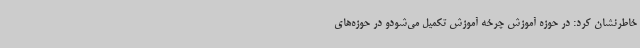
خاطرنشان کرد: در حوزه آموزش چرخه آموزش تکمیل می‌شودو در حوزه‌های